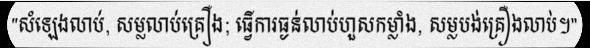
"សំឡេងលាប់, សម្លលាប់គ្រឿង; ធ្វើការធ្ងន់លាប់ហួសកម្លាំង, សម្លបង់គ្រឿងលាប់។"